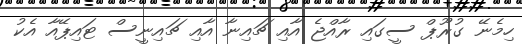
ހިމެނޭ ގުރޫޕް ސީގައި ރާއްޖެ އާއި ޗައިނާ އާއި ޗައިނީސް ޓައިޕޭއާ އެކު